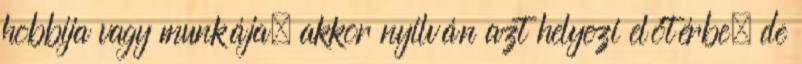
hobbija vagy munkája, akkor nyilván azt helyezi előtérbe, de